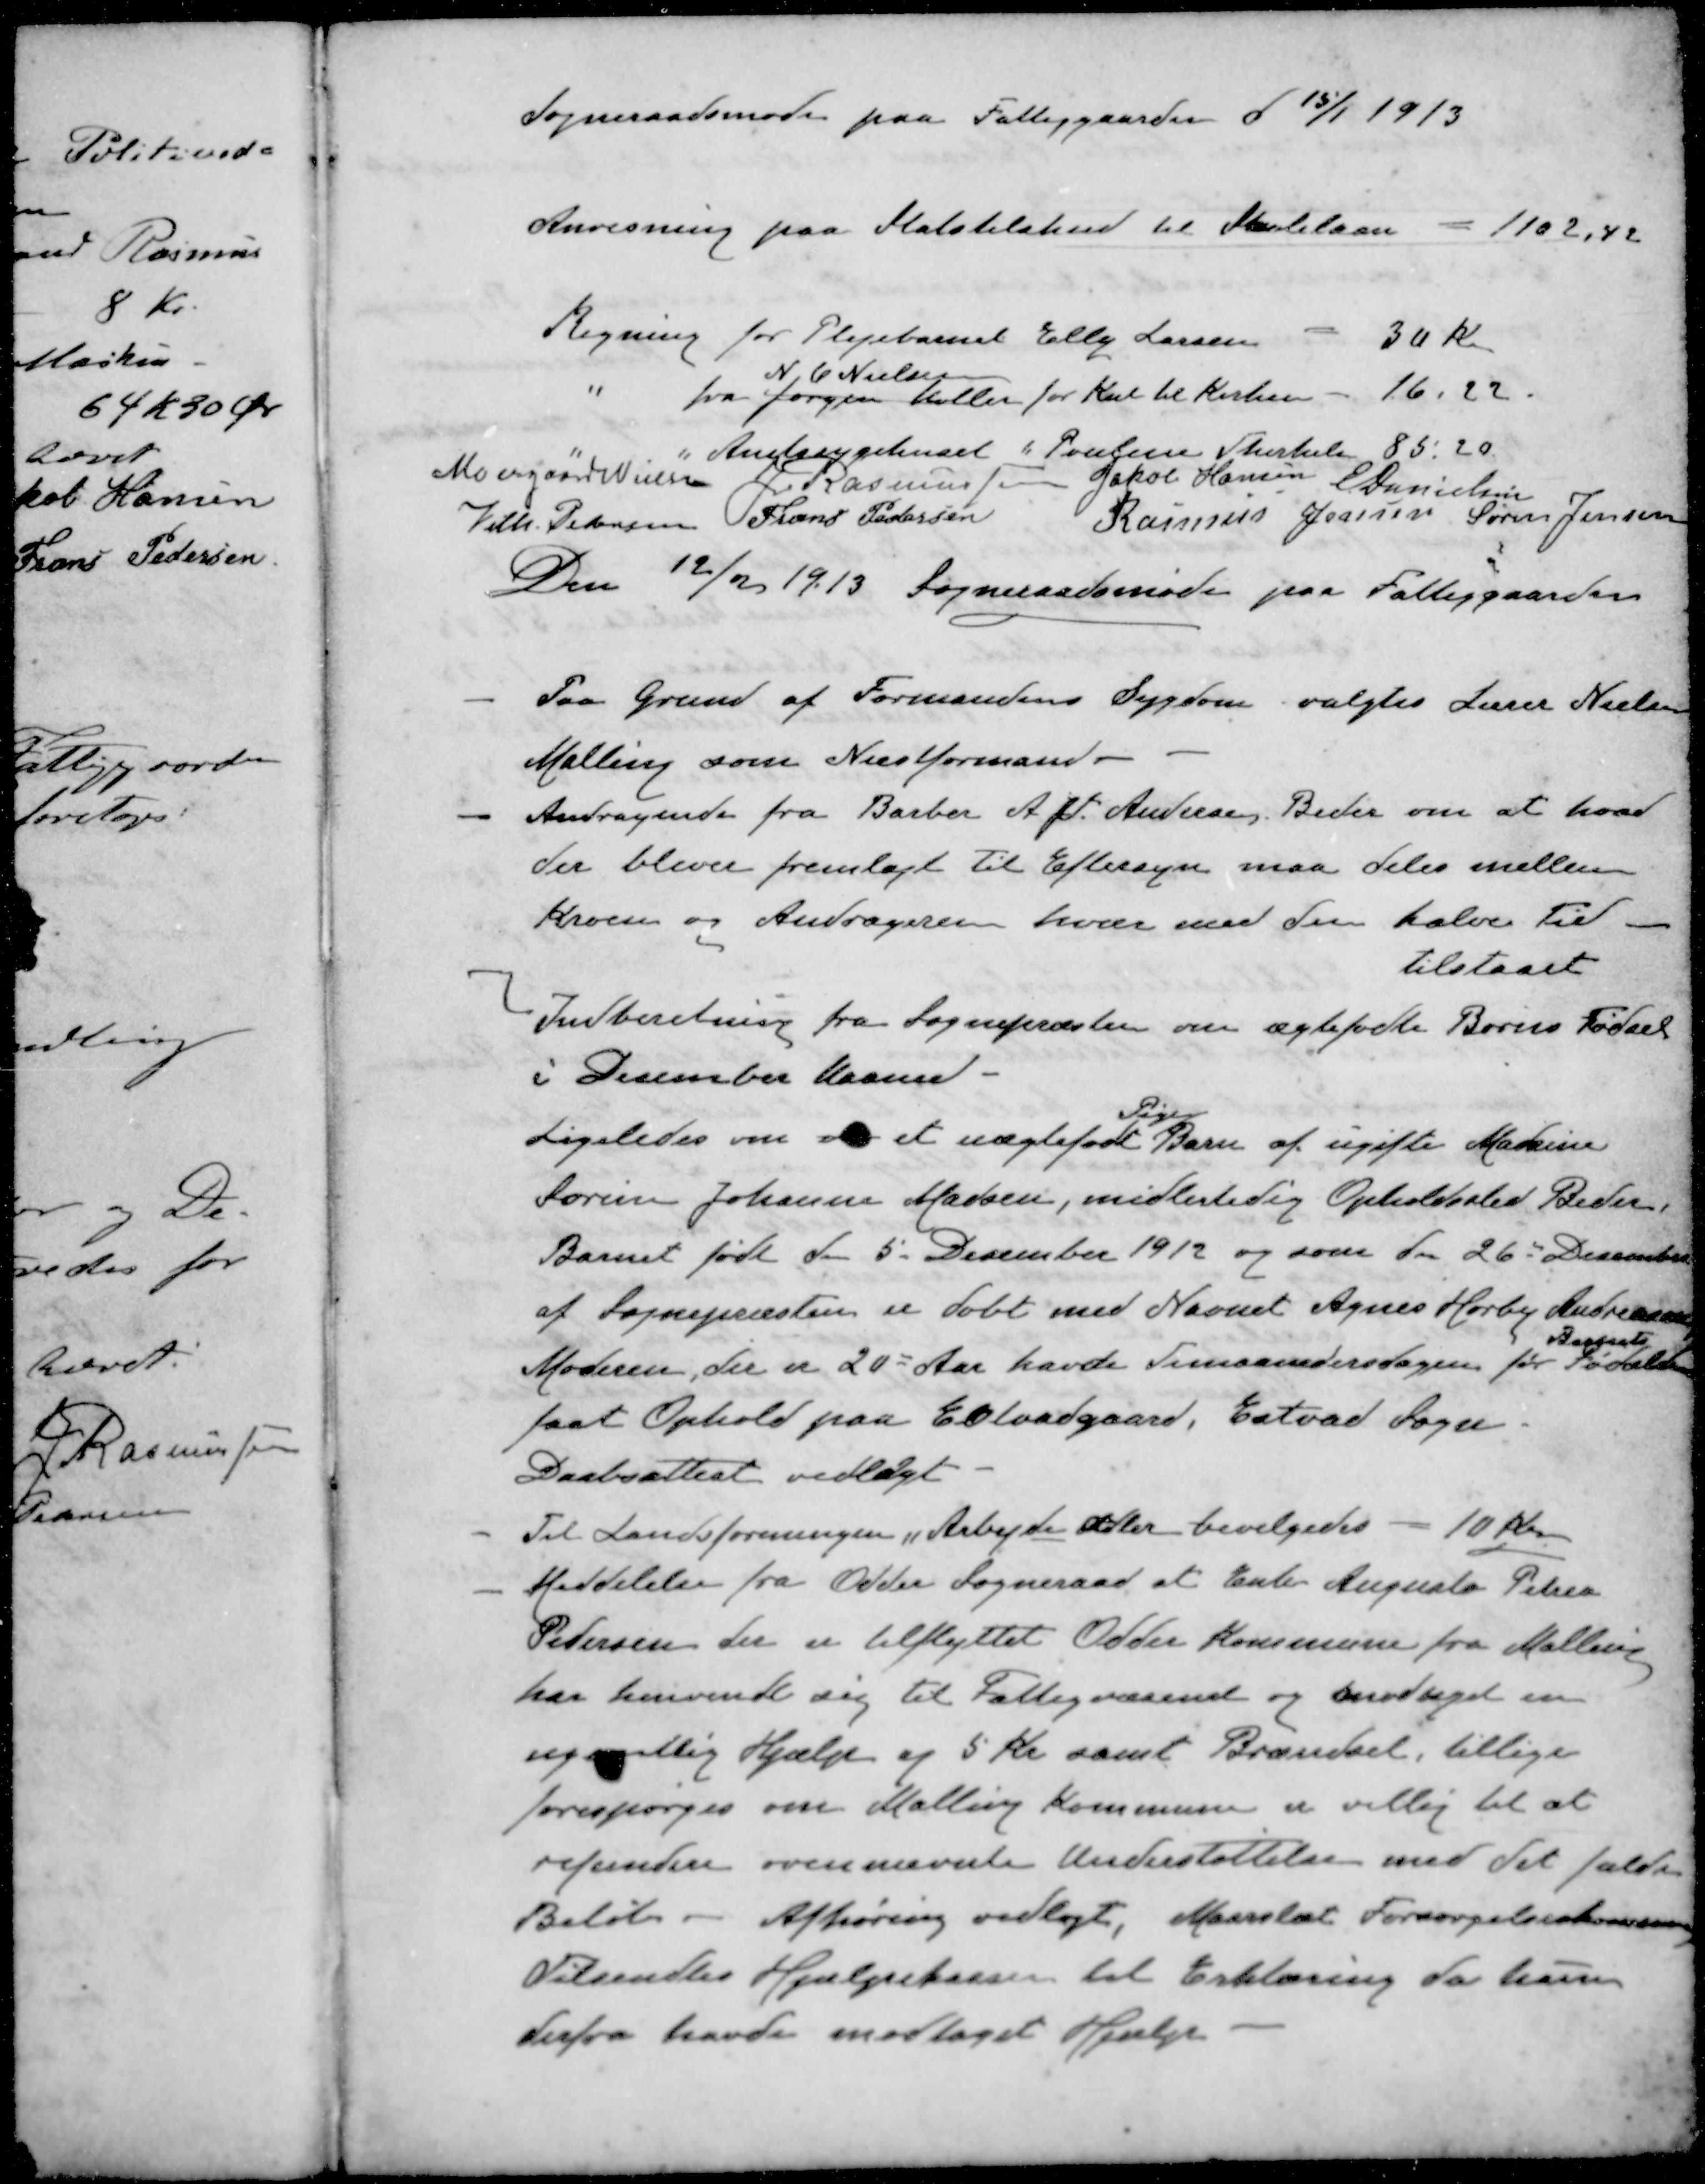
Transskription:
Sogneraadsmøde paa Fattiggaarden d 15/1 1913
Anvisning paa Statstilskud til Skolelaan - 1102,42
Regning for Plejebarnet Elly Larsen - 30 Kr
N. C. Nielsen
" fra Jørgen Møller for Kul til Kirken - 16,22.
" " Amtssygehuset " Pouline Therkelsen 85.20
Moesgaard Nielsen
J Rasmussen
Jakob Hansen
E Danielsen
Vilh. Pedersen
Frans Pedersen
Rasmus Jensen
Søren Jensen
Den 12/2 1913. Sogneraadsmøde paa Fattiggaarden
- Paa Grund af Formandens Sygdom valgtes Lærer Nielsen
Malling som Næstformand 
- Andragende fra Barber A. . Andersen Beder om at hvad
der bliver fremlagt til Eftersyn maa deles mellem
Kroen og Andrageren hver med den halve Tid
tilstaaet
- Indberetning fra Sognepræsten om ægtefødte Børns Fødsel
i December Maaned
Pige
Ligeledes om  et uægtefødt Barn af ugifte Madsine
Sørine Johanne Madsen, midlertidig Opholdssted Beder
Barnet født d. 5. December 1912 og som den 26de December
af Sognepræsten er døbt med Navnet Agnes Hørby Andreasen
Barnets
Moderen, der er 20 Aar havde Timaanedersdagen for Fødslsen
faat Ophold paa Estvadgaard, Estvad Sogn
Daabsattest vedlagt
- Til Landsforeningen Arbejde adler bevilgedes - 10 Kr.
- Meddelelse fra Odder Sogneraad at Enke Augusta Petrea
Pedersen der er tilflyttet Odder Kommune fra Malling
har henvendt sig til Fattigvæsenet og modtaget en
ugentlig Hjælp af 5 Kr samt Brændsel, tillige
forespørges om Malling Kommune er villig til at
refundere ovennævnte Understøttelse med det fulde
Beløb - Afhøring vedlagt. Maarslæt Forsørgelseskommunen
Tilsendtes Hjælpekassen til Erklæring da hun
derfra havde modtaget Hjælp